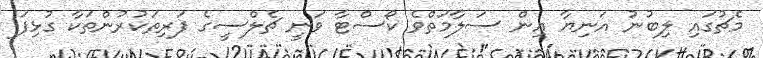
މެޗުގައި ލިބުނު އަނިޔާ އިން ސަލާމަތްވެ ކޯސްޓާ ވަނީ ޗެލްސީގެ ފަރިތަކުރުންތަކާ ގުޅިފަ